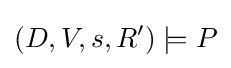
(D,V,s,R')\models P